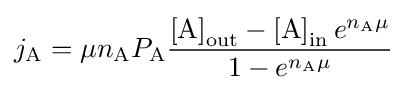
j_{\mathrm {A} }=\mu n_{\mathrm {A} }P_{\mathrm {A} }{\frac {\left[\mathrm {A} \right]_{\mathrm {out} }-\left[\mathrm {A} \right]_{\mathrm {in} }e^{n_{\mathrm {A} }\mu }}{1-e^{n_{\mathrm {A} }\mu }}}